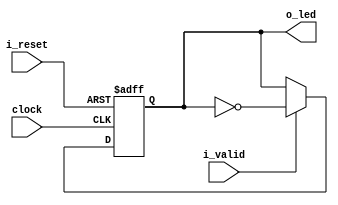
module flash
#(
    parameter NB_LEDS = 4

)
(
    output [NB_LEDS-1 :0]   o_led,
    input                   i_valid, //la de habilitacion que entra
    input                   i_reset,
    input                   clock
);

    reg [NB_LEDS-1 :0] leds_reg;

    integer ptr;

    always @(posedge clock or posedge i_reset) begin
        if(i_reset) begin
            leds_reg <= {NB_LEDS{1'b1}};//4'b1111;por consigna
        end
        else if (i_valid) begin
            leds_reg <= ~leds_reg;
        end
        else begin
            leds_reg <= leds_reg;
        end
    end

    assign o_led = leds_reg;

endmodule